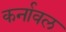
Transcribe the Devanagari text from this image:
कर्नावल